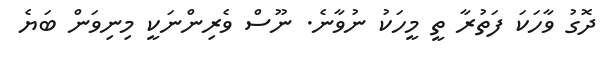
ދޮގު ވާހަކަ ފަތުރާ ތީ މީހަކު ނުވާނެ. ނޫސް ވެރިންނަކީ މިނިވަން ބަޔެ